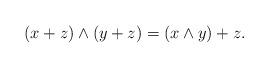
LaTeX: \begin{align*}(x+z)\wedge (y+z)=(x\wedge y)+z.\end{align*}